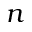
n